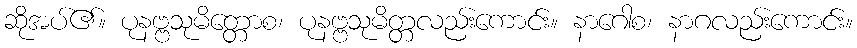
ဆိုအပ်၏။ ပုနဗ္ဗသုမိတ္တောစ၊ ပုနဗ္ဗသုမိတ္တလည်းကောင်း။ နာဂေါစ၊ နာဂလည်းကောင်း။